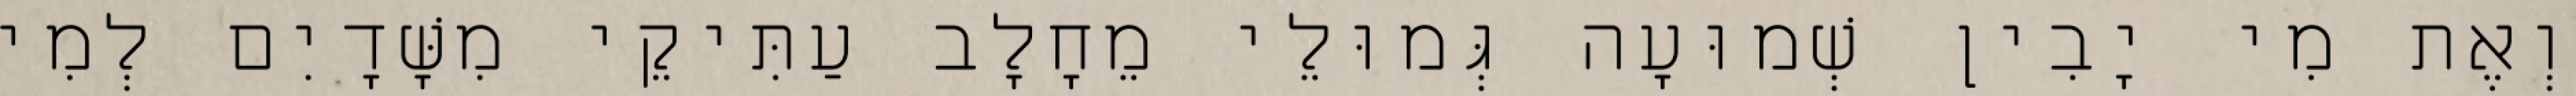
וְאֶת מִי יָבִין שְׁמוּעָה גְּמוּלֵי מֵחָלָב עַתִּיקֵי מִשָּׁדָיִם לְמִי